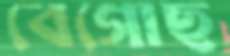
বেগোছ